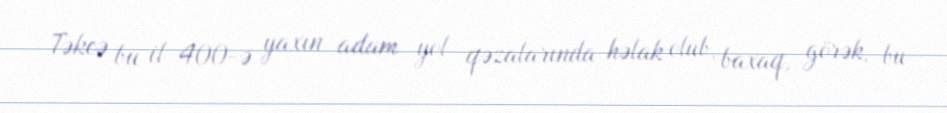
Təkcə bu il 400-ə yaxın adam yol qəzalarında həlak olub, baxaq, görək, bu